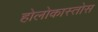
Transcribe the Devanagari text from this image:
होलोकास्तोस